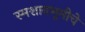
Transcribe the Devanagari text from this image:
स्मशानभूमीचे